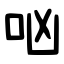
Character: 㕳